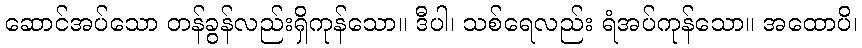
ဆောင်အပ်သော တန်ခွန်လည်းရှိကုန်သော။ ဒီပါ၊ သစ်ရေလည်း ရံအပ်ကုန်သော။ အထောပိ၊